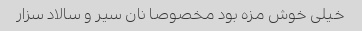
خیلی خوش مزه بود مخصوصا نان سیر و سالاد سزار